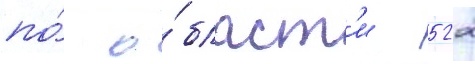
по́ о́бласт'и - 522